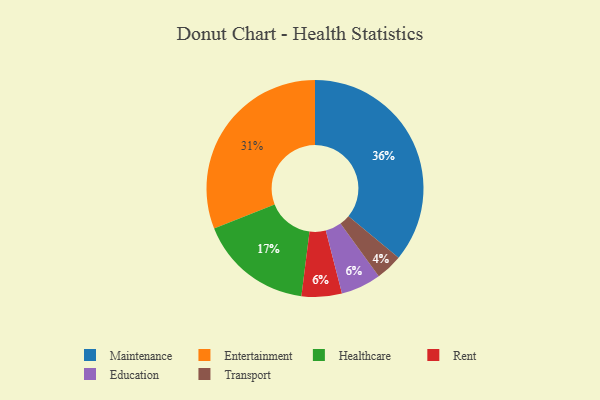
{"axis": {"x": "Category", "y": "Percentage"}, "legend": ["Education", "Entertainment", "Healthcare", "Maintenance", "Rent", "Transport"], "data": [{"x": "Healthcare", "y": 17, "type": "Healthcare"}, {"x": "Transport", "y": 4, "type": "Transport"}, {"x": "Rent", "y": 6, "type": "Rent"}, {"x": "Entertainment", "y": 31, "type": "Entertainment"}, {"x": "Maintenance", "y": 36, "type": "Maintenance"}, {"x": "Education", "y": 6, "type": "Education"}]}